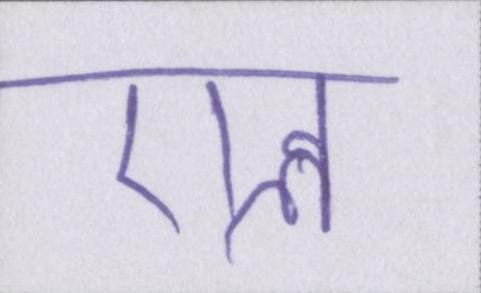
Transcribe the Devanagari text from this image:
एल